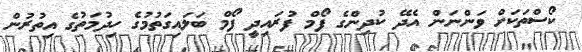
ކޯސްތަކަށް ވަންނަން އެދޭ ކުދިންގެ ފޯމް ފުރައިދީ ފޯމް ބަލައިގަތުމުގެ ހިދުމަތުގެ އިތުރުން